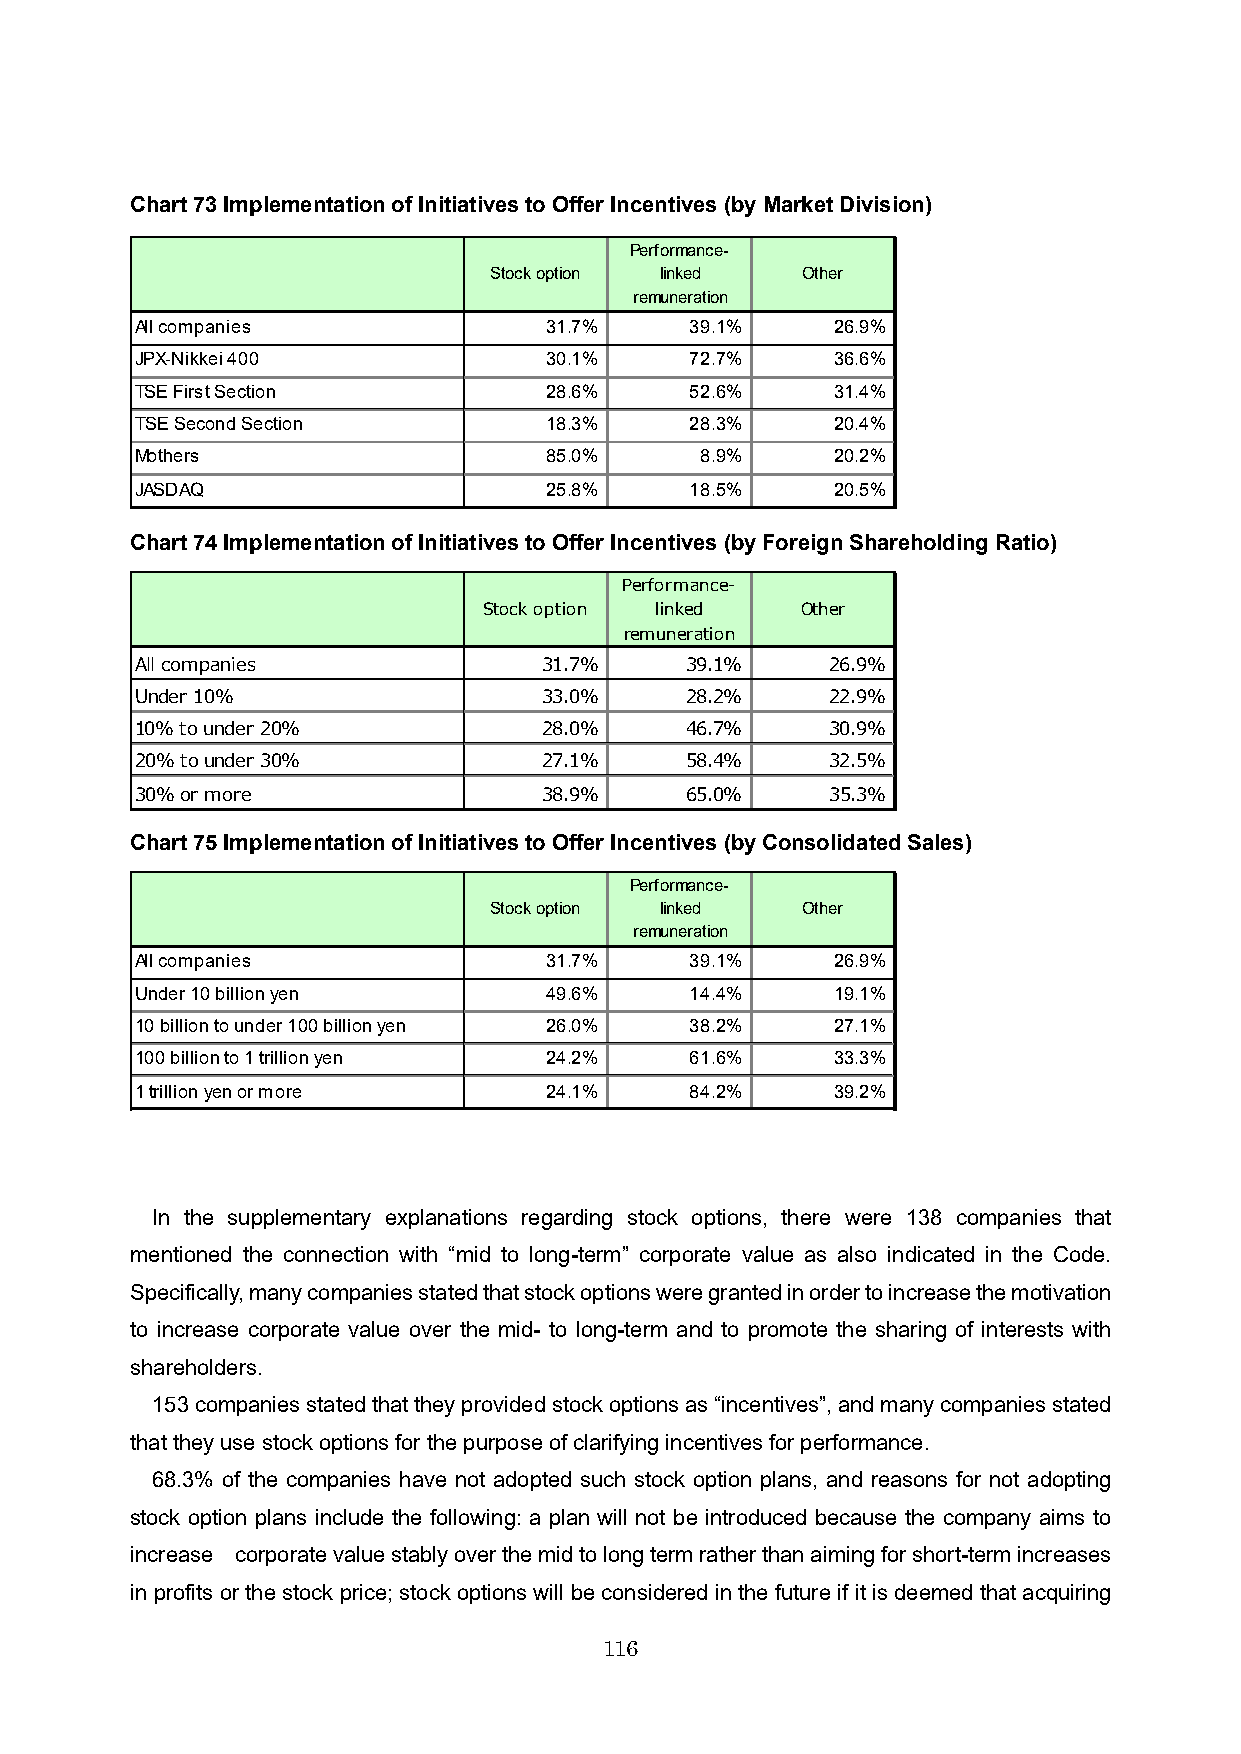
Chart 73Implementation of Initiatives to Offer Incentives (by Market Division)
 Performance-
 Stock option linked  Other
 remuneration
 All companies              31.7%     39.1%    26.9%
 JPX-Nikkei 400             30.1%     72.7%    36.6%
 TSE First Section          28.6%     52.6%    31.4%
 TSE Second Section         18.3%     28.3%    20.4%
 Mothers                    85.0%     8.9%     20.2%
 JASDAQ                     25.8%     18.5%    20.5%
 Chart 74Implementation of Initiatives to Offer Incentives (by Foreign Shareholding Ratio)
 Performance-
 Stock option linked  Other
 remuneration
 All companies              31.7%    39.1%     26.9%
 Under 10%                  33.0%    28.2%     22.9%
 10% to under 20%           28.0%    46.7%     30.9%
 20% to under 30%           27.1%    58.4%     32.5%
 30% or more                38.9%    65.0%     35.3%
 Chart 75Implementation of Initiatives to OfferIncentives (by Consolidated Sales)
 Performance-
 Stock option linked  Other
 remuneration
 All companies              31.7%     39.1%    26.9%
 Under 10 billion yen       49.6%     14.4%    19.1%
 10 billion to under 100 billion yen 26.0% 38.2% 27.1%
 100 billion to 1 trillion yen 24.2%  61.6%    33.3%
 1 trillion yen or more     24.1%     84.2%    39.2%
 In the supplementary explanations regarding stock options, there were 138 companies that
 mentioned the connection with “mid to long-term” corporate value as also indicated in the Code.
 Specifically, many companies stated that stock options were granted in order to increase the motivation
 to increase corporate value over the mid- to long-term and to promote the sharing of interests with
 shareholders.
 153 companies stated that they provided stock options as “incentives”, and many companies stated
 that they use stock options for the purpose of clarifying incentives for performance.
 68.3% of the companies have not adopted such stock option plans, and reasons for not adopting
 stock option plans include the following: a plan will not be introduced because the company aims to
 increase corporate value stably over the mid to long term rather than aiming for short-term increases
 in profits or the stock price; stock options will be considered in the future if it is deemed that acquiring
 116